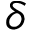
\delta